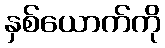
နှစ်ယောက်ကို